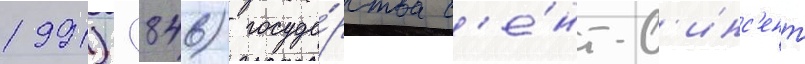
1991) (846) госуда́рства с'е́нт-в'инс'ент